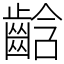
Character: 𪘒